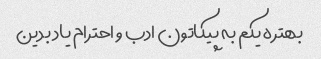
بهتره یکم به پیکاتون ادب و احترام یاد بدین